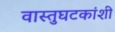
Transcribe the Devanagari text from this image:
वास्तुघटकांशी